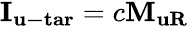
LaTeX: \begin{array}{r}{{{\mathbf{I}}_{{\mathbf{u-tar}}}}=c{{\mathbf{M}}_{{\mathbf{uR}}}}}\end{array}